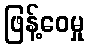
ဖြန့်ဝေမှု